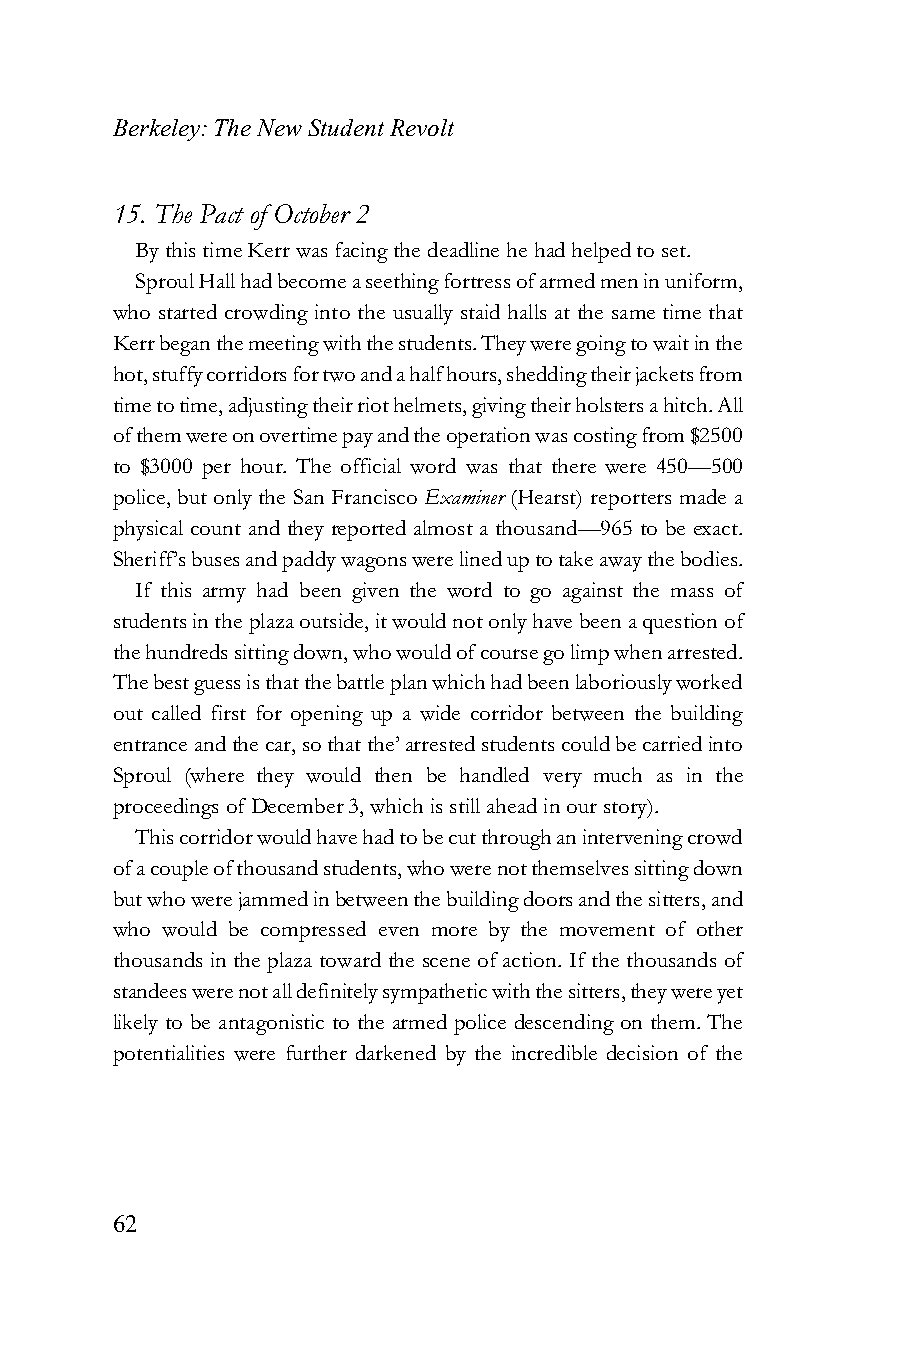
Berkeley: The New Student Revolt
 15. The Pact of October 2
 By this time Kerr was facing the deadline he had helped to set.
 Sproul Hall had become a seething fortress of armed men in uniform,
 who started crowding into the usually staid halls at the same time that
 Kerr began the meeting with the students. They were going to wait in the
 hot, stuffy corridors for two and a half hours, shedding their jackets from
 time to time, adjusting their riot helmets, giving their holsters a hitch. All
 of them were on overtime pay and the operation was costing from $2500
 to $3000 per hour. The official word was that there were 450—500
 police, but only the San Francisco Examiner (Hearst) reporters made a
 physical count and they reported almost a thousand—965 to be exact.
 Sheriff’s buses and paddy wagons were lined up to take away the bodies.
 If this army had been given the word to go against the mass of
 students in the plaza outside, it would not only have been a question of
 the hundreds sitting down, who would of course go limp when arrested.
 The best guess is that the battle plan which had been laboriously worked
 out called first for opening up a wide corridor between the building
 entrance and the car, so that the’ arrested students could be carried into
 Sproul (where they would then be handled very much as in the
 proceedings of December 3, which is still ahead in our story).
 This corridor would have had to be cut through an intervening crowd
 of a couple of thousand students, who were not themselves sitting down
 but who were jammed in between the building doors and the sitters, and
 who would be compressed even more by the movement of other
 thousands in the plaza toward the scene of action. If the thousands of
 standees were not all definitely sympathetic with the sitters, they were yet
 likely to be antagonistic to the armed police descending on them. The
 potentialities were further darkened by the incredible decision of the
 62